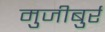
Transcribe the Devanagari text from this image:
मुजीबुर्र